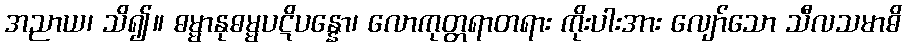
အညာယ၊ သိ၍။ ဓမ္မာနုဓမ္မပဋိပန္နော၊ လောကုတ္တရာတရား ကိုးပါးအား လျော်သော သီလသမာဓိ